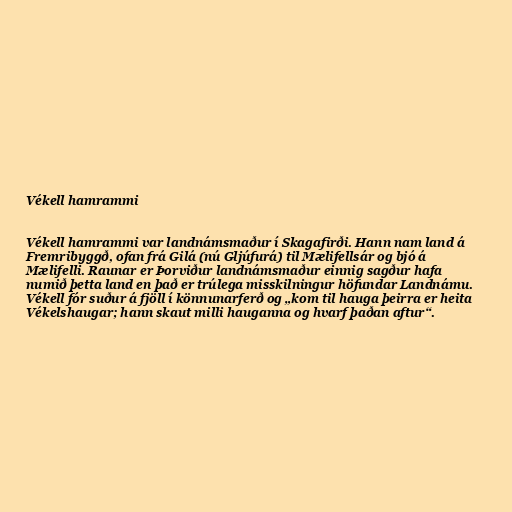
Vékell hamrammi

Vékell hamrammi var landnámsmaður í Skagafirði. Hann nam land á
Fremribyggð, ofan frá Gilá (nú Gljúfurá) til Mælifellsár og bjó á
Mælifelli. Raunar er Þorviður landnámsmaður einnig sagður hafa
numið þetta land en það er trúlega misskilningur höfundar Landnámu.
Vékell fór suður á fjöll í könnunarferð og „kom til hauga þeirra er heita
Vékelshaugar; hann skaut milli hauganna og hvarf þaðan aftur“.